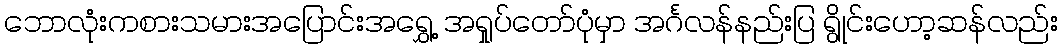
ဘောလုံးကစားသမားအပြောင်းအရွှေ့ အရှုပ်တော်ပုံမှာ အင်္ဂလန်နည်းပြ ရွိုင်းဟော့ဆန်လည်း